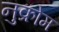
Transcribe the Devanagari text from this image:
नुक्रोम